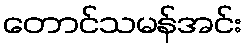
တောင်သမန်အင်း